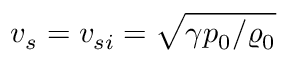
v _ { s } = v _ { s i } = \sqrt { \gamma p _ { 0 } / \varrho _ { 0 } }